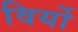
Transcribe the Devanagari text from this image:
विर्यो